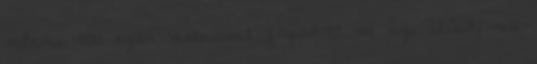
valami 800 ezer vietnámit fogadott be az USA, ma